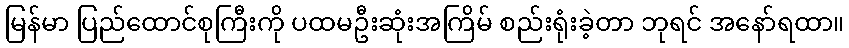
မြန်မာ ပြည်ထောင်စုကြီးကို ပထမဦးဆုံးအကြိမ် စည်းရုံးခဲ့တာ ဘုရင် အနော်ရထာ။